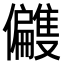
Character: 𫤑